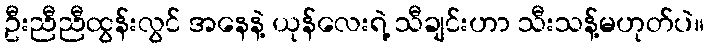
ဦးညီညီထွန်းလွင် အနေနဲ့ ယုန်လေးရဲ့ သီချင်းဟာ သီးသန့်မဟုတ်ပဲ။